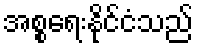
အစ္စရေးနိုင်ငံသည်